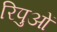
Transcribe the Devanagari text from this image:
रिपुओं